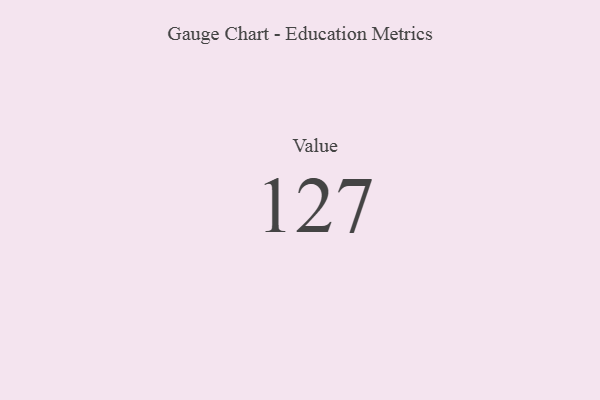
{"axis": {"x": "Metric", "y": "Value"}, "legend": [""], "data": [{"x": "Value", "y": 127, "type": ""}]}